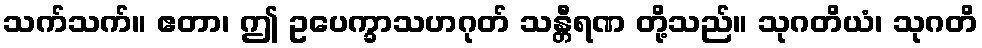
သက်သက်။ ဧတာ၊ ဤ ဥပေက္ခာသဟဂုတ် သန္တီရဏ တို့သည်။ သုဂတိယံ၊ သုဂတိ